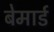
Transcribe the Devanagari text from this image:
बेमार्ड